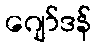
ဂျော်ဒန်